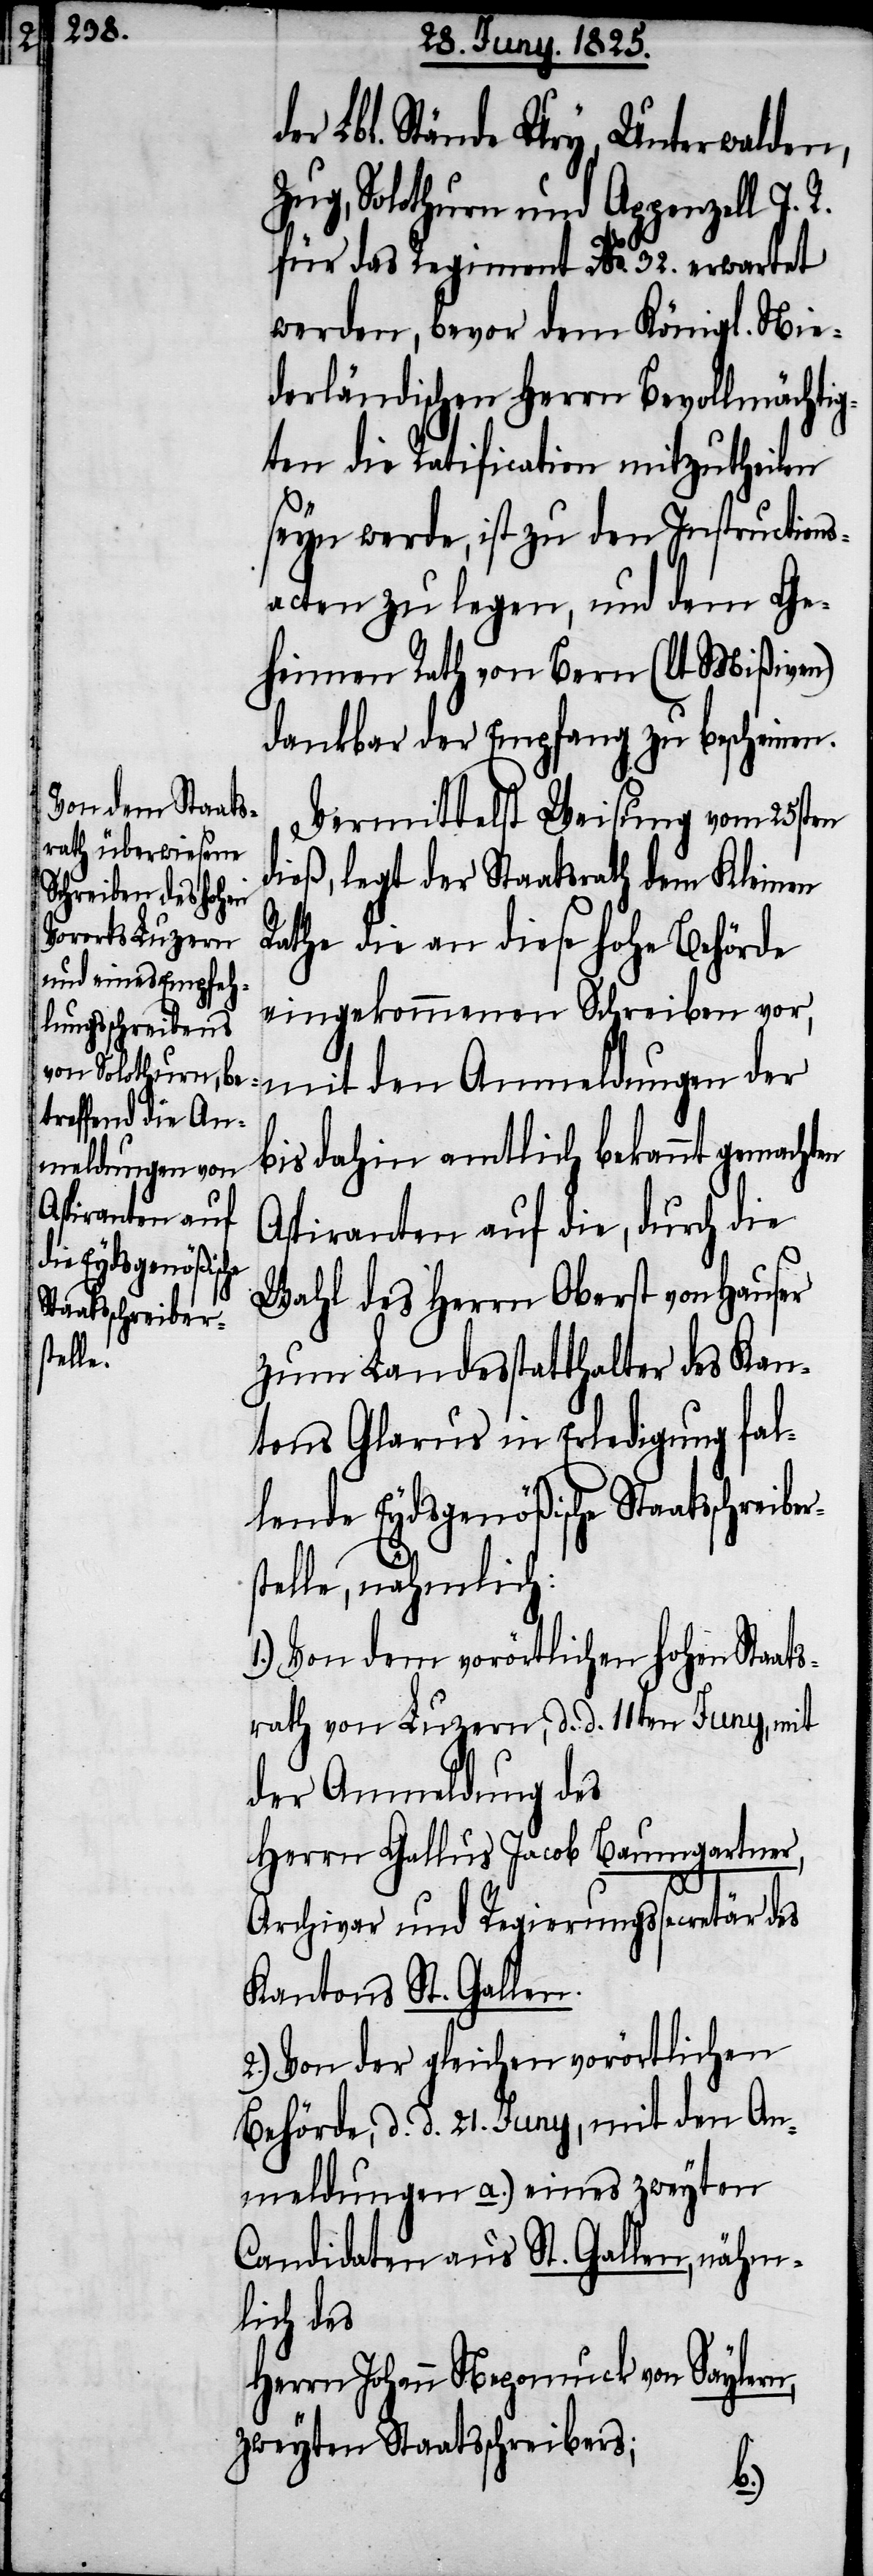
len¬

de Eydsgenößische
Staatsschreibers¬

er Lbl. Stände Ury, Unterwalden,
Zug, Solothurn und Appenzell I. R.
für das Regiment No. 32. erwartet
werden, bevor dem Königl. Nie¬
derländischen Herrn Bevollmächtig¬
ten die Ratification mitzutheilen
seyn werde, ist zu den Instructions¬
acten zu legen, und dem Ge¬
heimen Rath von Bern (lt. Mißiven)
dankbar der Empfang zu bescheinen.
Vermittelst Weisung vom 25sten
dieß, legt der Staatsrath dem Kleinen
Rathe die an diese hohe Behörde
eingekommenen Schreiben vor,
mit den Anmeldungen der
bis dahin amtlich bekannt gemachten
Aspiranten auf die, durch die
Wahl des Herrn Oberst von Hauser
zum Landesstatthalter des Kan¬
tons Glarus in Erledigung fal¬
telle, nähmlich:
1.) Von dem vorörtlichen hohen Staat¬
srath von Luzern, d. d. 11ten Juny, mit
der Anmeldung des
Herrn Gallus Jacob Baumgartner,
Archivar und Regierungssecretär
Kantons St. Gallen.
2.) von der gleichen vorörtlichen
Behörde, d. d. 21. Juny, mit den An¬
meldungen a.) eines zweyten
Candidaten aus St. Gallen, nähm¬
lich des
Herrn Johann Nepomuck von Saylern,
zweyten Staatschreibers;